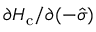
{ \partial H _ { \mathrm { c } } } / { \partial ( - \hat { \sigma } ) }